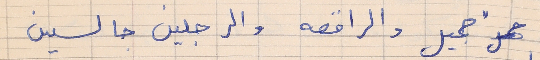
جميل والراقصه والرجلين جالسين